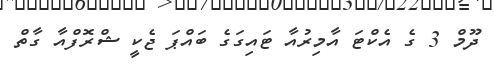
ދޫމް 3 ގެ އެކްޓަ އާމިރުއާ ޓައިގަގެ ބައްޕަ ޖެކީ ޝްރޮފްއާ ގާތް